Leaving Certificate Examination (including Day School Certificate (Higher) General paper), 1935
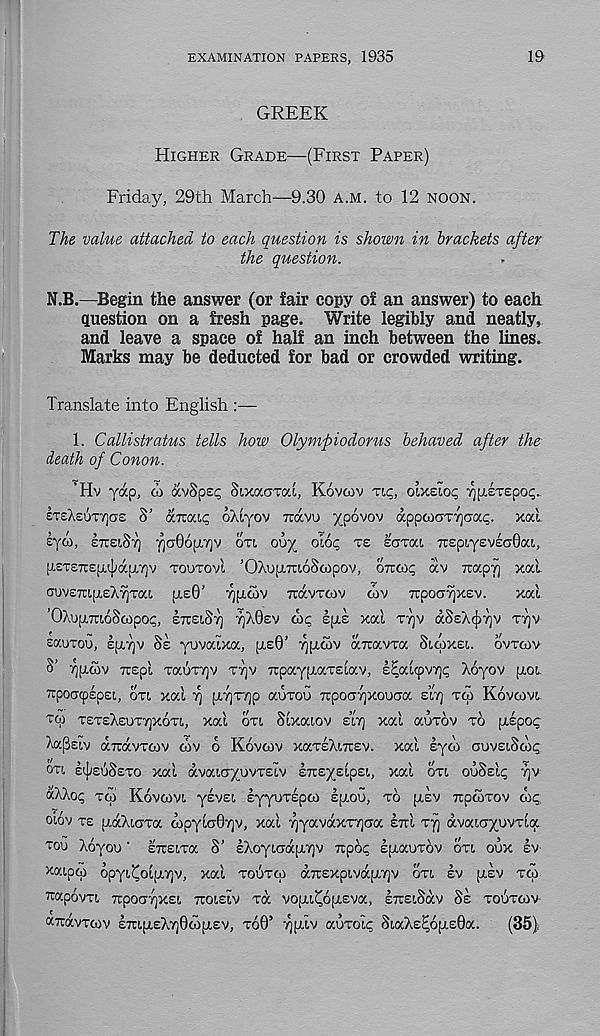
EXAMINATION PAPERS, 1935
19
GREEK
HIGHER GRADE—(FIRST PAPER)
Friday, 29th March—9.30 A.M. to 12 NOON.
The value attached to each question is shown in brackets after
the question.
N.B.—Begin the answer (or fair copy of an answer) to each
question on a fresh page. Write legibly and neatly,
and leave a space of half an inch between the lines.
Marks may be deducted for bad or crowded writing.
Translate into English :—
1. Callistratus tells how Olympiodorus behaved after the-
death of Conon.
’Hv yap, <i> a'/Speq SixocaTcd, Kovcov TIC, OLXELOC ^fiiTepo^.
ETsAetjTY]<T£ S' ty.Tzrj.ic, oAiyov rcavu ypovov apptOCTTTjaai;. xal
eyw, ITUSIST) ^aOopLTjv cm
olot; TS zaroa TOpiyeveciOcu,,
[AET£7te[i.cJjapi7]v TOUTOVI ’OXupimoScopov, OTzcoc, av Trap-?) xal
TUVETUpiEX^Tai pi£0’
TTOCVTCOV COV TtpOCJ^XEV.
Xal
'OXupouoScopot;, ETCEIST] TJXBEV (I)? spiE xal TTJV dSsXcji^v TTJV
EauTou, etiry Ss yovalxa, [XE6’ rjp.cov aTcavTa SCCOXEI. OVTCOV
S’
Trspl TauTTjv T7)v TTpaypLaTslav, sEalcpvT)^ Xoyov pcor
xpoacpspei, OTL xal y] pi7]T7]p aurou npotr^xovaa sir] TCA Kovcovt..
TO TETEXEUTyjxoTt., xal OTI Slxaiov sir] xal auxov TO pispog
Xa^siv aTrdvTcov cov 6 Kovcov xaTEXiicsv. xal syco auvsiSco^
OTC £'|/£USSTO xal dvaccjyovTELv ETTEyEtpsi,, xal OTI ooSslc: yv
XA/.rjr
Kovcovt. yevsi EyyUTEpCO £[1.00, TO [XEV TtpCOTOV OK
olov TE gdcXioTa oipyloO'/jv, xal yyavaxTycra ETTI TT] dvatayovTia
TOO Xoyoo ‘ ETcstTa S’ IXoyt.cjdptTjv npoc, InaoTov OTI OOX EV
/aiptp opyi^oipLYjv, xal TOOTCO aTrExpivdp.yv OTL ev ysv TW
TOpoVTL TrpOGTjXEl TUOLELV TOC VOyi^OITEVa, ETTElSaV SE TOtJTCOV
aitdvTcov £7U[i,EX7]0co[i,ev, T60’ ^fxiv aoTolp SiaXe^6[i.E0a.
(35) ;